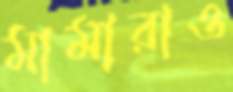
মামারাও